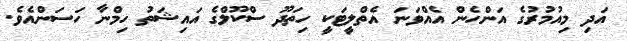
އަދި މިއުމުރުގެ އަންހެން އެއްވަނަ އެތްލީޓަކީ ހިތަދޫ ސްކޫލްގެ އައިޝަތު ހިމްނާ ހަސަންއެވެ.